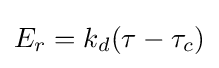
E_{r}=k_{d}(\tau -\tau _{c})